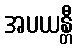
အပယန္တီ